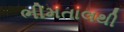
ભીમતાલથી